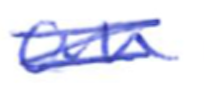
Text: an
Cross-out: scratch
Writing tool: ballpoint